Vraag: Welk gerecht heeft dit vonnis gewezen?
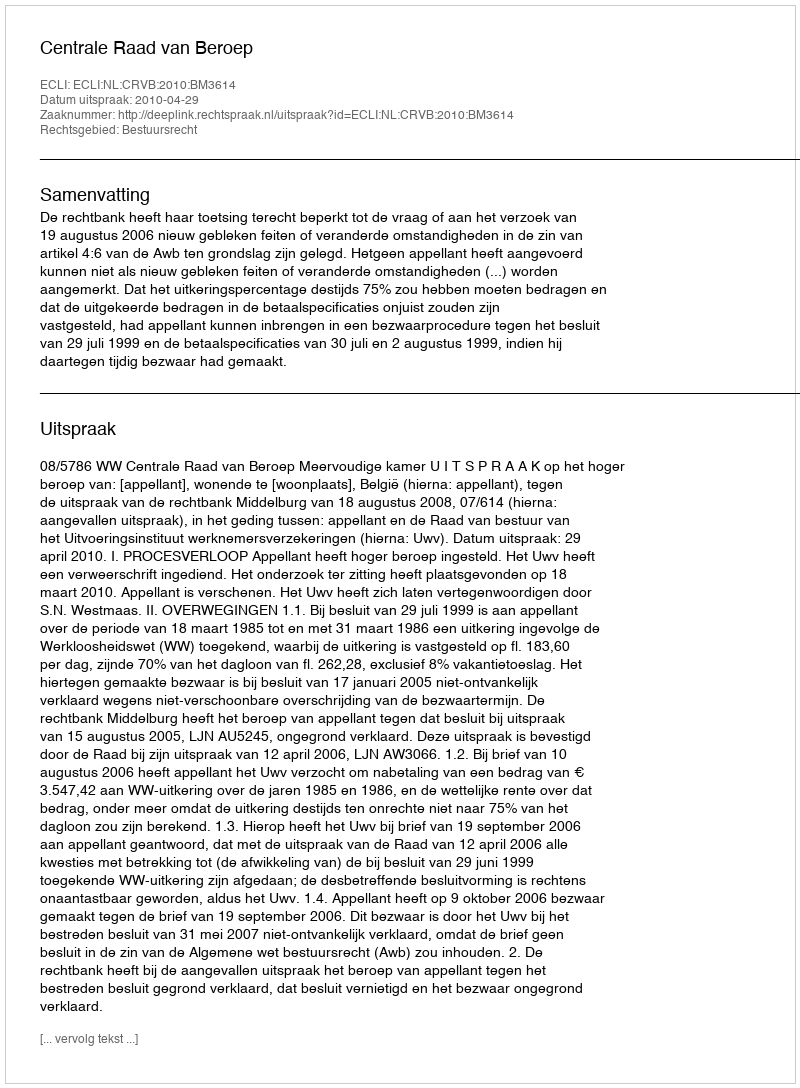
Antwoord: Centrale Raad van Beroep